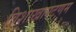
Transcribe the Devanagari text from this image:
विशाखापटणम